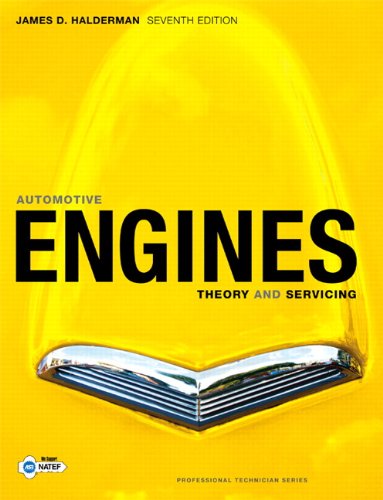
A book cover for Automotive Engines: Theory and Servicing (7th Edition); James D. Halderman; Engineering & Transportation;